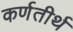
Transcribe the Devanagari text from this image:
कर्णतीर्थ